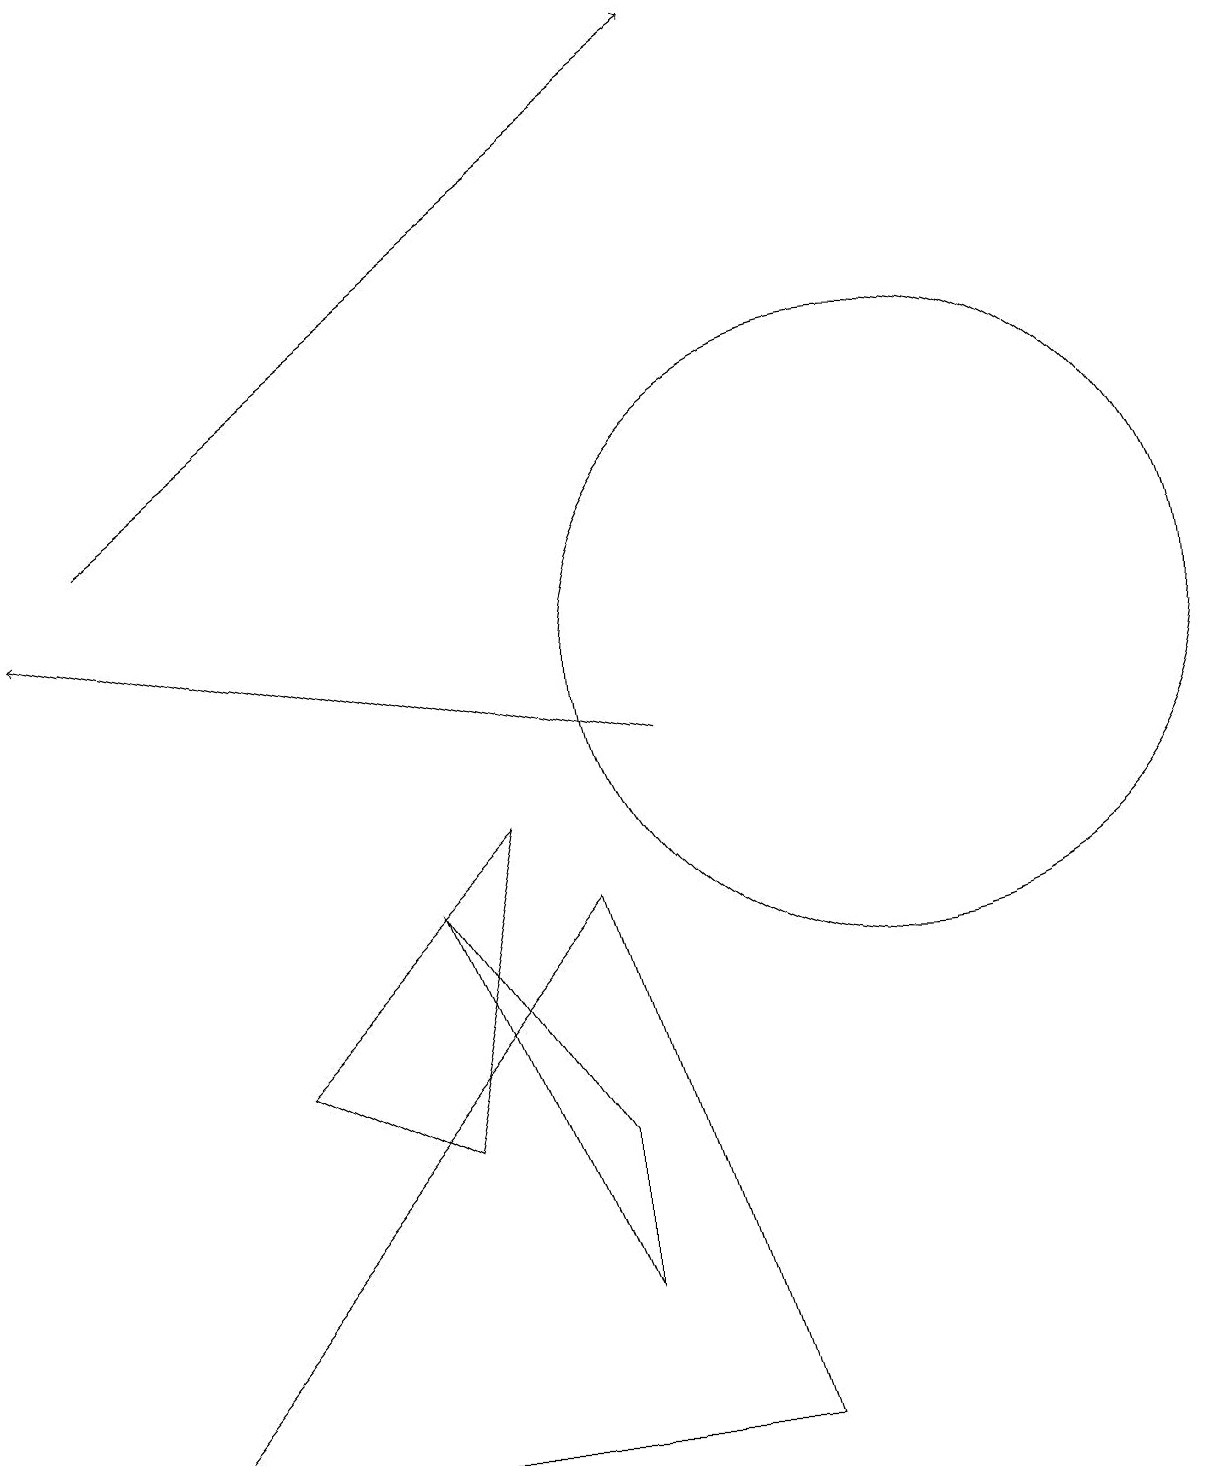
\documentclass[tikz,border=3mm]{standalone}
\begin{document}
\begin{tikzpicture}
\draw (11,11) circle (4);
\draw (9,1) -- (7,8) -- (1,1) -- cycle;
\draw (5,8) -- (7,5) -- (7,3) -- cycle;
\draw[->] (8,10) -- (0,12);
\draw (3,6) -- (6,9) -- (5,5) -- cycle;
\draw[->] (1,13) -- (9,19);
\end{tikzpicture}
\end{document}